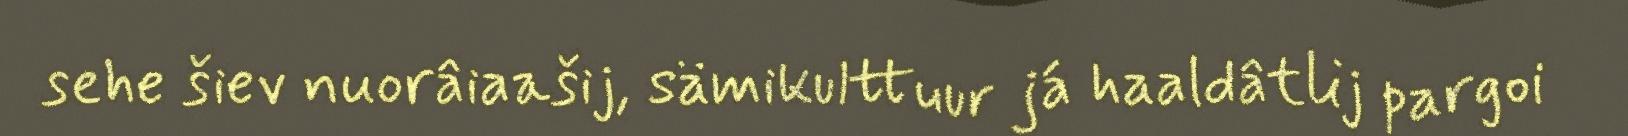
sehe šiev nuorâiaašij, sämikulttuur já haaldâtlij pargoi